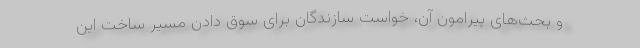
و بحث‌های پیرامون آن، خواست سازندگان برای سوق دادن مسیر ساخت این